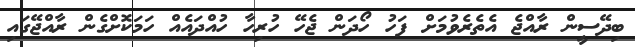
ބިދޭސީން ރާއްޖެ އެތެރެވުމަށް ފަހު ހޯދަން ޖެހޭ ހުރިހާ ހުއްދައެއް ހަމަކޮށްގެން ރާއްޖޭގައި